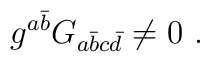
g^{a{\bar b}}G_{a{\bar b}c{\bar d}} \ne 0 \ .